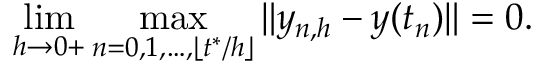
\operatorname* { l i m } _ { h \to 0 + } \operatorname* { m a x } _ { n = 0 , 1 , \dots , \lfloor t ^ { * } / h \rfloor } \| y _ { n , h } - y ( t _ { n } ) \| = 0 .